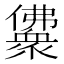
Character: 𰃈